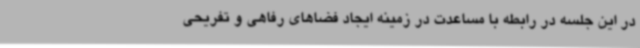
در این جلسه در رابطه با مساعدت در زمینه ایجاد فضاهای رفاهی و تفریحی